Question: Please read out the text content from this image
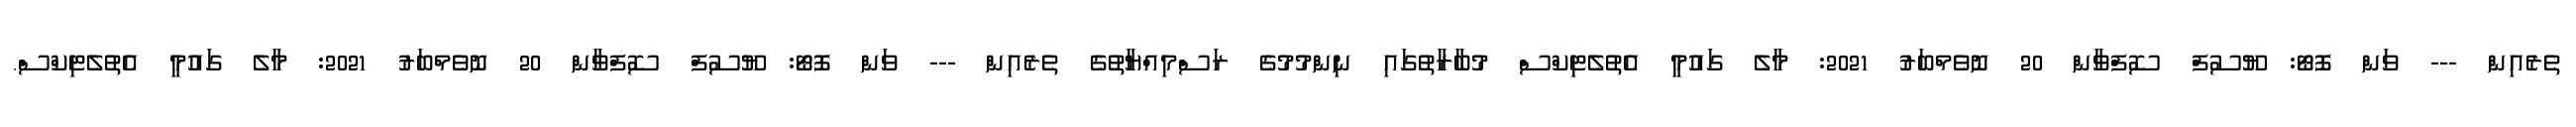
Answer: ތެރެއިން --- ވަން ފޮޓޯ: ޔޫސުފް ސޮފްވާން 20 ނޮވެމްބަރު 2021: މާލެ ގައުމީ އެތުލެޓިކްސް މުބާރާތުގައި ނިންމުމުގެ ރަސްމިއްޔާތުގެ ތެރެއިން --- ވަން ފޮޓޯ: ޔޫސުފް ސޮފްވާން 20 ނޮވެމްބަރު 2021: މާލެ ގައުމީ އެތުލެޓިކްސް.